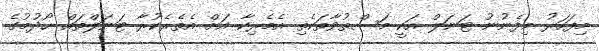
މިފަހަރު މިފެނުނު ޓަނަލް އަކީ މަސްތުވާތަކެތި އެމެރިކާ އަށް އެތެރެކުރާ ޓަނަލްތައް ހޯދުމުގެ